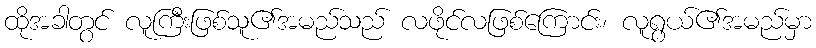
ထိုအခါတွင် လူကြီးဖြစ်သူ၏အမည်သည် လဖိုင်လဖြစ်ကြောင်း၊ လူရွယ်၏အမည်မှာ